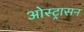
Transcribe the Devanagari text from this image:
ओस्ट्रासन